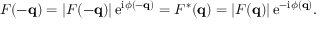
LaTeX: F ( - \mathbf { q } ) = \left| F ( - \mathbf { q } ) \right| \mathrm { e } ^ { \mathrm { i } \phi ( - \mathbf { q } ) } = F ^ { * } ( \mathbf { q } ) = \left| F ( \mathbf { q } ) \right| \mathrm { e } ^ { - \mathrm { i } \phi ( \mathbf { q } ) } .